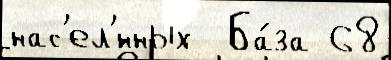
нас'ел'́нных  Ба́за 68